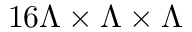
1 6 \Lambda \times \Lambda \times \Lambda